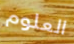
العلوم